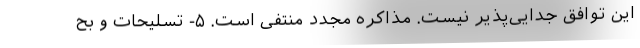
این توافق جدایی‌پذیر نیست. مذاکره مجدد منتفی است. ۵- تسلیحات و بح